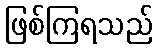
ဖြစ်ကြရသည်